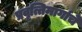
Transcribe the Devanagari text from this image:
प्रवृत्तिमार्गाचे